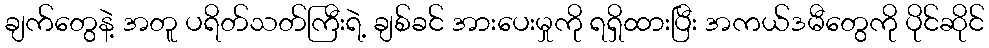
ချက်တွေနဲ့ အတူ ပရိတ်သတ်ကြီးရဲ့ ချစ်ခင် အားပေးမှုကို ရရှိထားပြီး အကယ်ဒမီတွေကို ပိုင်ဆိုင်